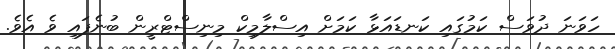
ހަވަނަ ދުވަސް ކަމުގައި ކަނޑައަޅާ ކަމަށް އިސްލާމިކް މިނިސްޓްރީން ބުނެފައި ވެ އެވެ.